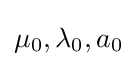
\mu _{0},\lambda _{0},a_{0}